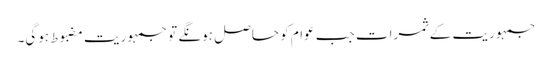
جمہوریت کے ثمرات جب عوام کو حاصل ہونگے تو جمہوریت مضبوط ہوگی۔